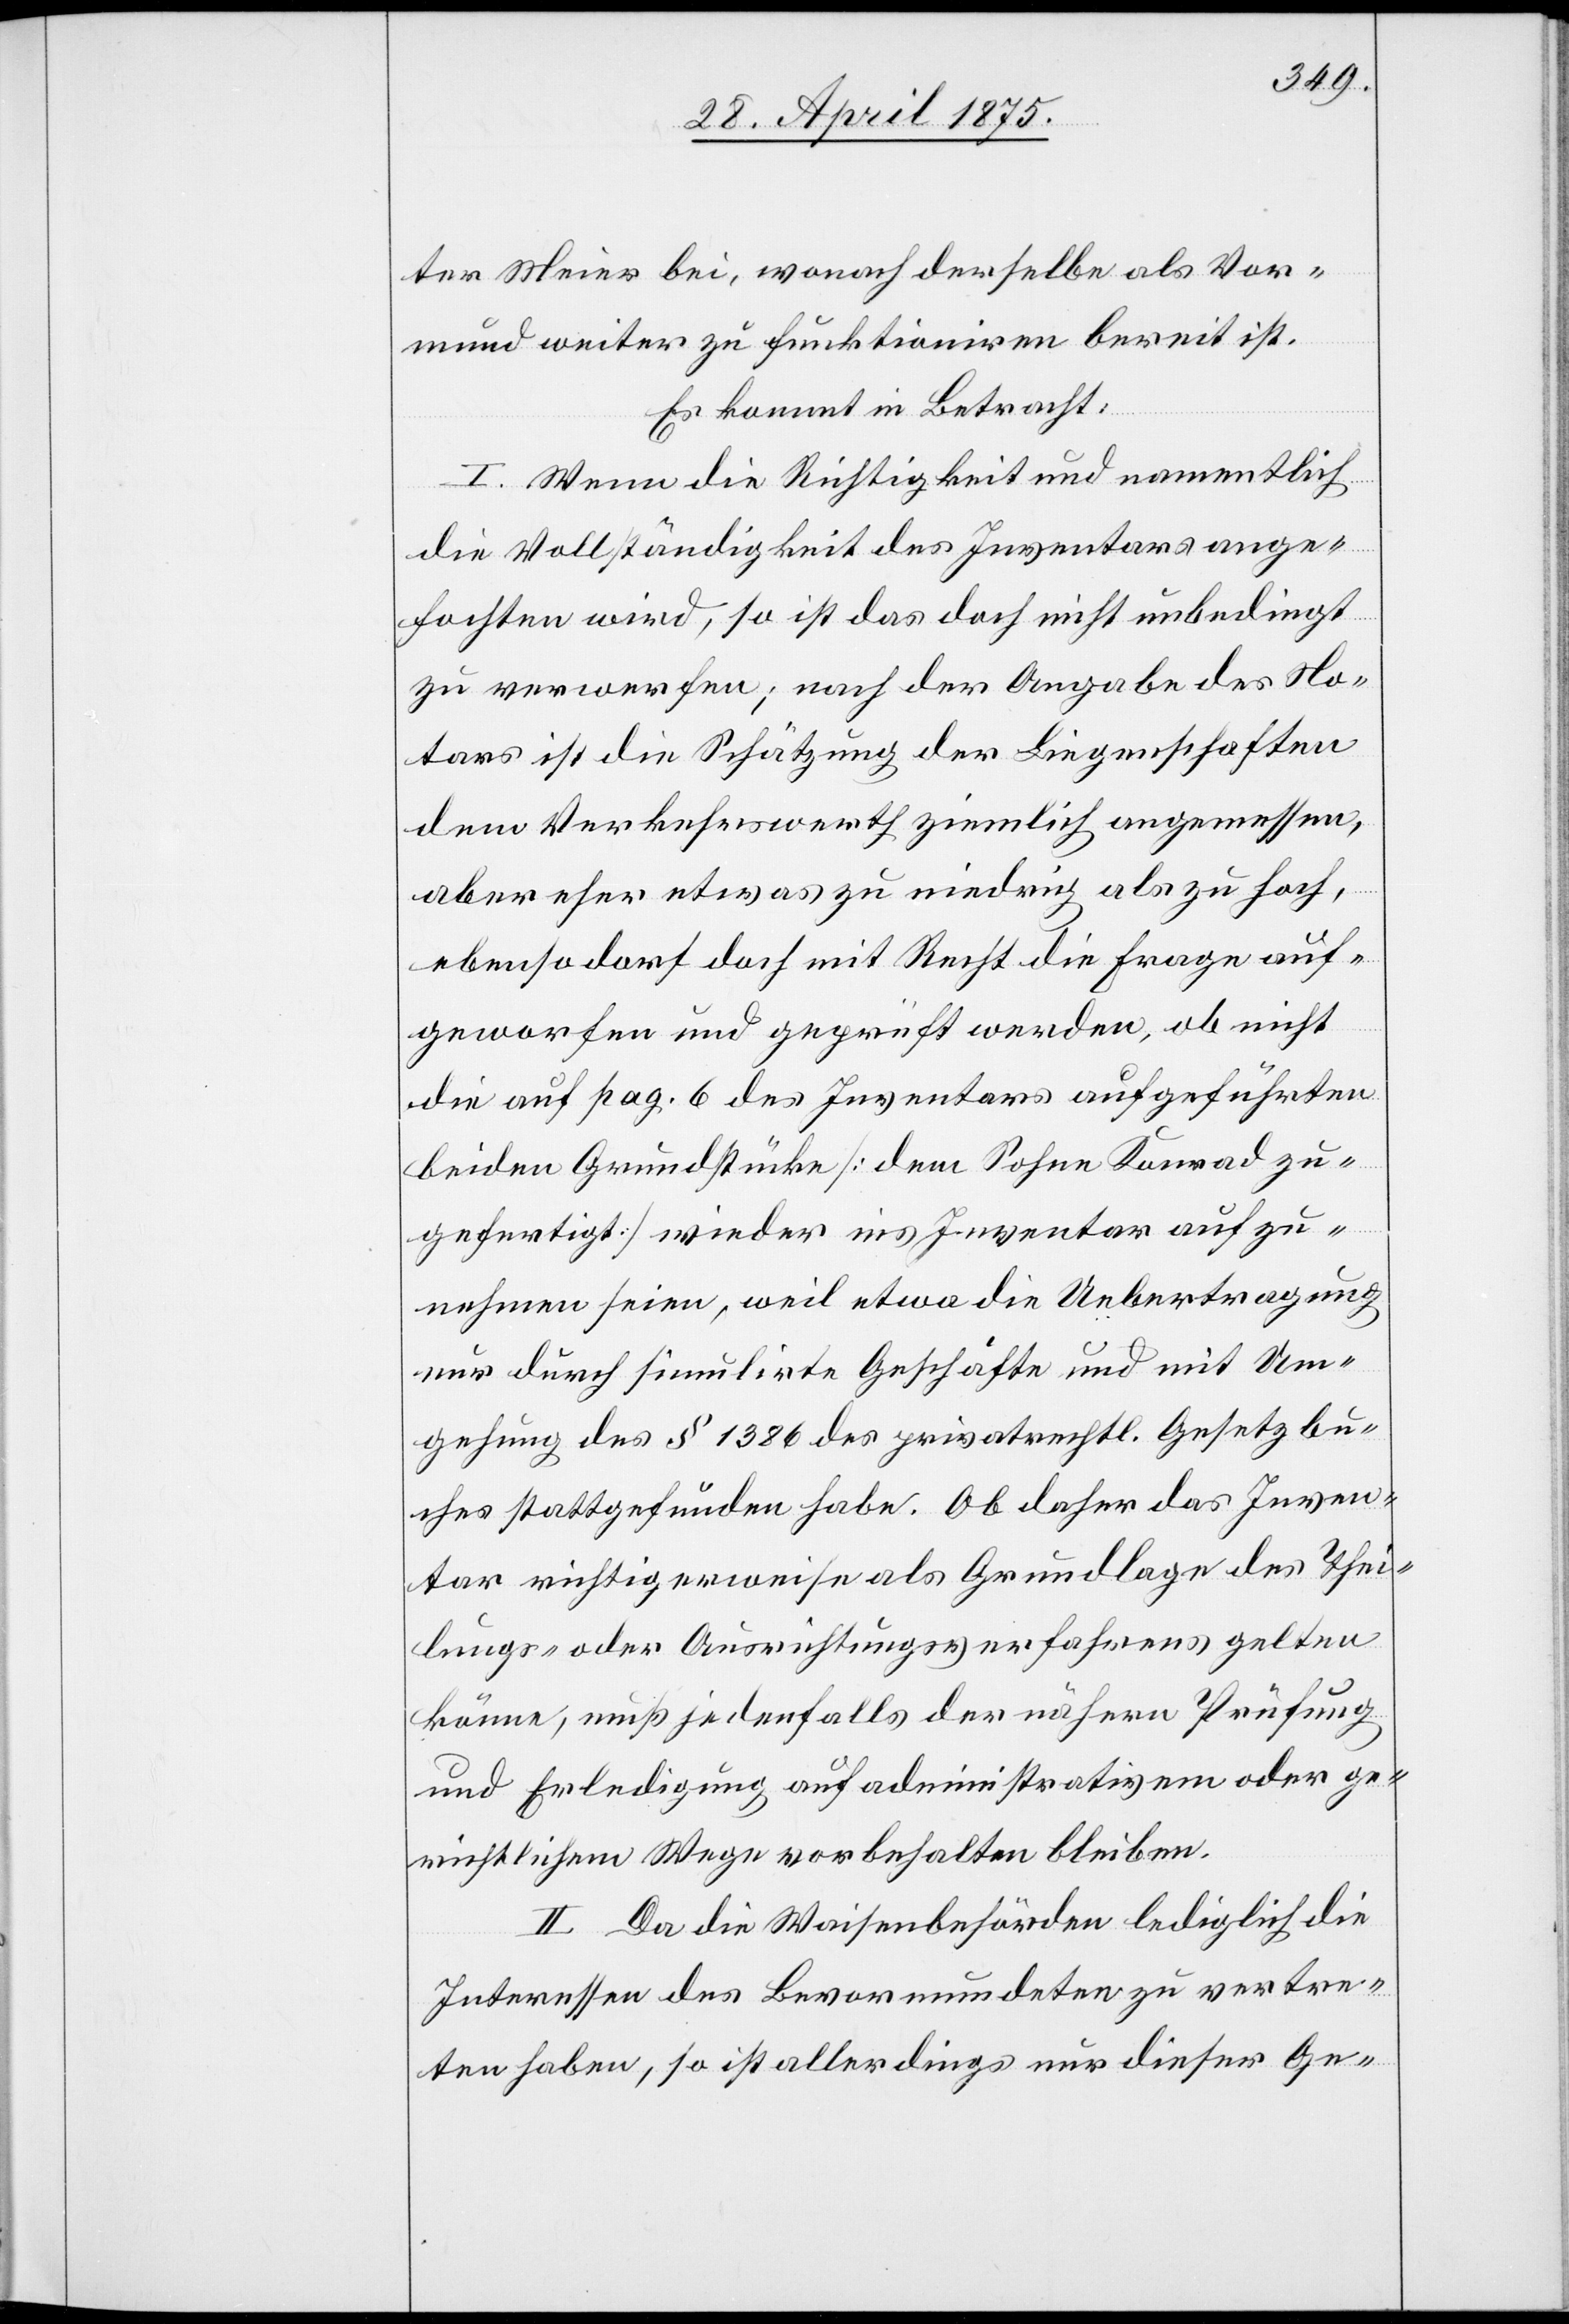
ist.
ter Meier bei, wonach derselbe als Vor¬
Es kommt im Betracht:
I. Wenn die Richtigkeit und namentlich
die Vollständigkeit des Inventars ange¬
fochten wird, so ist das dich nicht unbedingt
zu verwerfen; nach der Angabe des No¬
tars ist die Schätzung der Liegenschaften
dem Verkehrswerth ziemlich angemessen,
aber eher etwas zu niedrig als zu hoch,
ebenso darf doch mit Recht die Frage auf¬
geworfen und geprüft werden, ob nicht
die auf pag. 6 des Inventars aufgeführten
beiden Grundstücke [dem Sohne Konrad zu¬
gefertigt] wieder ins Inventar aufzu¬
nehmen seien, weil etwa die Uebertragung
nur durch simulirte Geschäfte und mit Um¬
gehung des § 1386 des privatrechtl. Gesetzbu¬
ches stattgefunden habe. Ob daher das Inven¬
tar richtigerweise als Grundlage des Thei¬
lungs- oder Ausrichtungsverfahrens gelten
könne, muß jedenfalls der nähern Prüfung
und Erledigung auf administrativem oder ge¬
richtlichem Wege vorbehalten bleiben.
II. Da die Waisenbehörden lediglich die
Interessen des Bevormundeten zu vertre¬
ten haben, so ist allerdings nur dieser Ge-